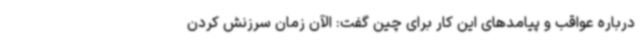
درباره عواقب و پیامدهای این کار برای چین گفت: الآن زمان سرزنش کردن